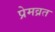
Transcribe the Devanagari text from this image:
प्रेमव्रत